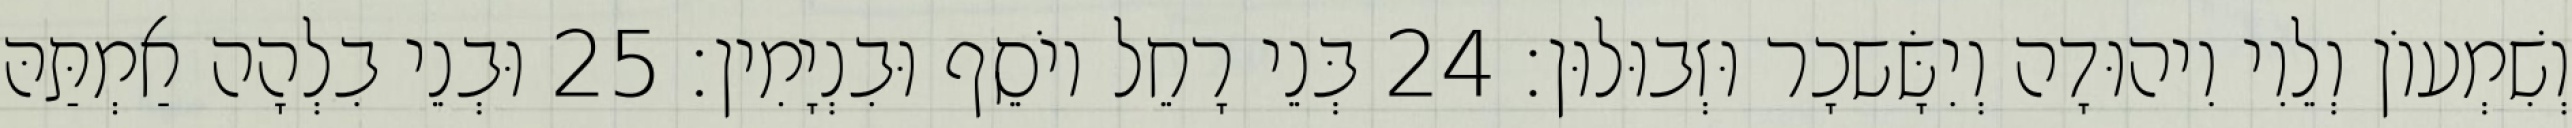
וְשִׁמְעוֹן וְלֵוִי וִיהוּדָה וְיִשָּׂשכָר וּזְבוּלוּן׃ 24 בְּנֵי רָחֵל יוֹסֵף וּבִנְיָמִין׃ 25 וּבְנֵי בִלְהָה אַמְתַּהּ